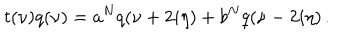
t ( \nu ) q ( \nu ) = a ^ { N } q ( \nu + 2 i \eta ) + b ^ { N } q ( \nu - 2 i \eta ) \, .